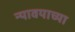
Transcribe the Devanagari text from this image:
न्यावयाच्या